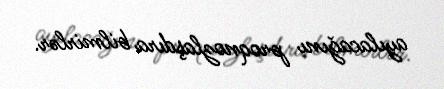
ayılacağını proqnozlaşdıra bilmirlər.